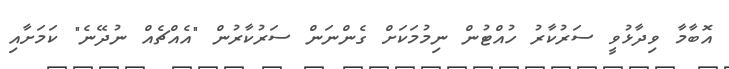
އޮބާމާ ވިދާޅުވީ ސަރުކާރު ހުއްޓުން ނިމުމަކަށް ގެންނަން ސަރުކާރުން "އެއްޗެއް ނުދޭނެ" ކަމަށާއި